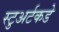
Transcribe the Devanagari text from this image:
स्टुअर्टकडे